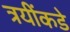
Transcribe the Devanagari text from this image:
त्रयींकडे